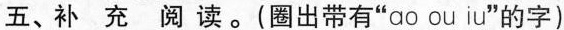
五、补 充 阅 读。(圈出带有”ao ou iu”的字)